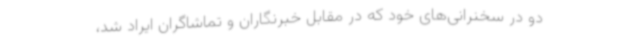
دو در سخنرانی‌های خود که در مقابل خبرنگاران و تماشاگران ایراد شد،